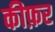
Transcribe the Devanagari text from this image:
कीफ़र